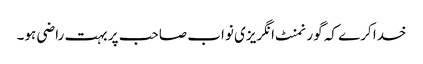
خدا کرے کہ گورنمنٹ انگریزی نواب صاحب پر بہت راضی ہو۔